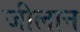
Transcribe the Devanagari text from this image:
जीलान